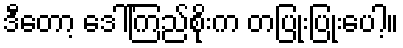
ဒီတော့ ဒေါ်ကြည်စိုးက တပြုံးပြုံးပေါ့။